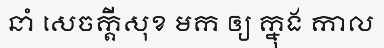
នាំ សេចក្តីសុខ មក ឲ្យ ក្នុង កាល